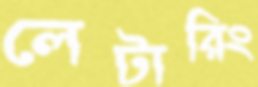
লেটারিং